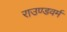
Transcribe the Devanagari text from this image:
राउण्डवर्म